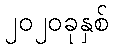
၂၀၂၀ခုနှစ်